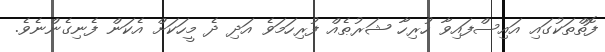
ފޮތްތަކުގައި އައިސްފައިވާ ހުރިހާ ޝަރުޠެއް ފުރިހަމަވެ އަދި ދެ މީހަކަށް އެކަން ފެނިގެންނެވެ.